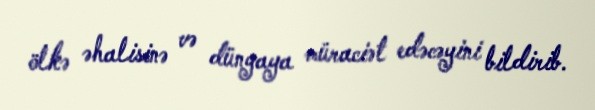
ölkə əhalisinə və dünyaya müraciət edəcəyini bildirib.